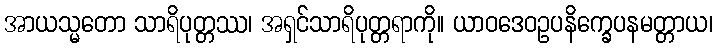
အာယသ္မတော သာရိပုတ္တဿ၊ အရှင်သာရိပုတ္တရာကို။ ယာဝဒေဝဥပနိက္ခေပနမတ္တာယ၊